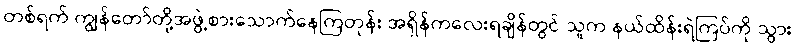
တစ်ရက် ကျွန်တော်တို့အဖွဲ့စားသောက်နေကြတုန်း အရှိန်ကလေးရချိန်တွင် သူက နယ်ထိန်းရဲကြပ်ကို သွား